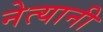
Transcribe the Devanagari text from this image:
नेत्यानी